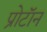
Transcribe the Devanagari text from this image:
प्रोटाॅन